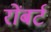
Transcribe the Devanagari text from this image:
रोंबर्ट